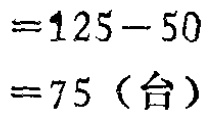
\[
\begin{align*}
&=125 - 50\\
&=75\ (\text{台})
\end{align*}
\]